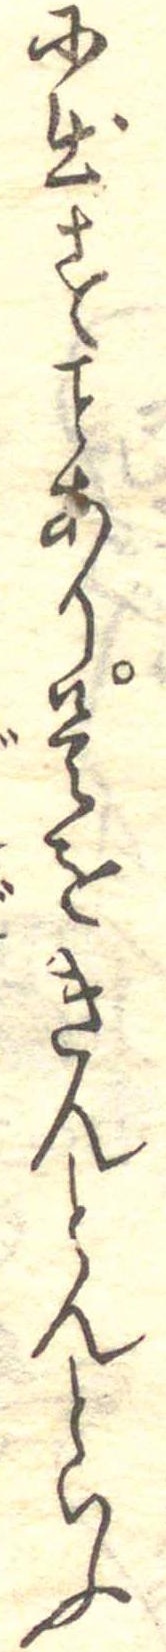
に出すあり是をきんとんといふ